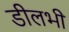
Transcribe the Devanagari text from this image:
डीलभी